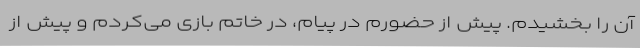
آن را بخشیدم. پیش از حضورم در پیام، در خاتم بازی می‌کردم و پیش از